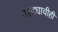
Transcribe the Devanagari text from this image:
तेरड्याचीही